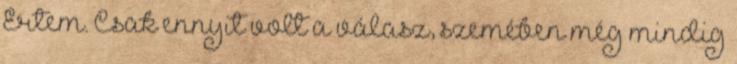
Értem. Csak ennyit volt a válasz, szemében még mindig